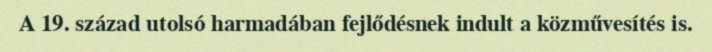
A 19. század utolsó harmadában fejlődésnek indult a közművesítés is.